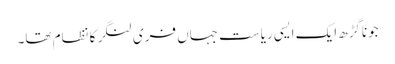
جوناگڑھ ایک ایسی ریاست جہاں فری لنگر کا نظام تھا۔